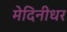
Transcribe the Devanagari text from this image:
मेदिनीधर